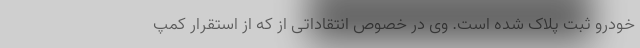
خودرو ثبت پلاک شده است. وی در خصوص انتقاداتی از که از استقرار کمپ